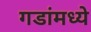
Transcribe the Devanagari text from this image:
गडांमध्ये